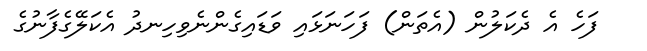
ފަހެ އެ ދެކަލުން (އެތަން) ފަހަނަޅައި ވަޑައިގެންނެވިހިނދު އެކަލޭގެފާނުގެ